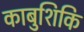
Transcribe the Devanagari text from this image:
काबुशिकि